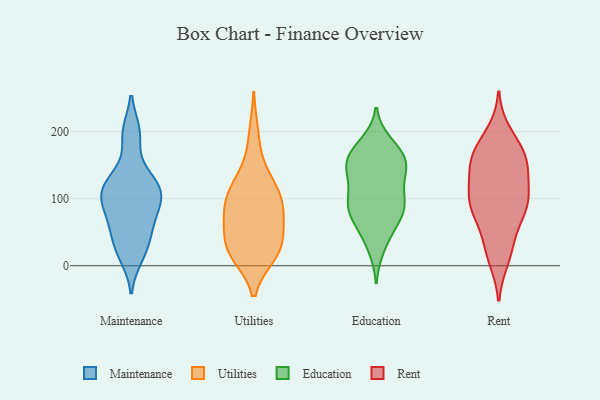
{"axis": {"x": "Production Output", "y": "Value"}, "legend": ["Education", "Maintenance", "Rent", "Utilities"], "data": [{"x": "", "y": 119, "type": "Maintenance"}, {"x": "", "y": 14, "type": "Maintenance"}, {"x": "", "y": 113, "type": "Maintenance"}, {"x": "", "y": 119, "type": "Maintenance"}, {"x": "", "y": 101, "type": "Maintenance"}, {"x": "", "y": 86, "type": "Maintenance"}, {"x": "", "y": 137, "type": "Maintenance"}, {"x": "", "y": 197, "type": "Maintenance"}, {"x": "", "y": 23, "type": "Maintenance"}, {"x": "", "y": 86, "type": "Maintenance"}, {"x": "", "y": 61, "type": "Maintenance"}, {"x": "", "y": 58, "type": "Maintenance"}, {"x": "", "y": 198, "type": "Maintenance"}, {"x": "", "y": 111, "type": "Maintenance"}, {"x": "", "y": 38, "type": "Maintenance"}, {"x": "", "y": 121, "type": "Utilities"}, {"x": "", "y": 70, "type": "Utilities"}, {"x": "", "y": 117, "type": "Utilities"}, {"x": "", "y": 16, "type": "Utilities"}, {"x": "", "y": 16, "type": "Utilities"}, {"x": "", "y": 17, "type": "Utilities"}, {"x": "", "y": 24, "type": "Utilities"}, {"x": "", "y": 50, "type": "Utilities"}, {"x": "", "y": 108, "type": "Utilities"}, {"x": "", "y": 101, "type": "Utilities"}, {"x": "", "y": 151, "type": "Utilities"}, {"x": "", "y": 98, "type": "Utilities"}, {"x": "", "y": 77, "type": "Utilities"}, {"x": "", "y": 64, "type": "Utilities"}, {"x": "", "y": 39, "type": "Utilities"}, {"x": "", "y": 24, "type": "Utilities"}, {"x": "", "y": 198, "type": "Utilities"}, {"x": "", "y": 83, "type": "Utilities"}, {"x": "", "y": 148, "type": "Education"}, {"x": "", "y": 159, "type": "Education"}, {"x": "", "y": 169, "type": "Education"}, {"x": "", "y": 90, "type": "Education"}, {"x": "", "y": 43, "type": "Education"}, {"x": "", "y": 89, "type": "Education"}, {"x": "", "y": 182, "type": "Education"}, {"x": "", "y": 88, "type": "Education"}, {"x": "", "y": 165, "type": "Education"}, {"x": "", "y": 136, "type": "Education"}, {"x": "", "y": 129, "type": "Education"}, {"x": "", "y": 171, "type": "Education"}, {"x": "", "y": 72, "type": "Education"}, {"x": "", "y": 82, "type": "Education"}, {"x": "", "y": 62, "type": "Education"}, {"x": "", "y": 97, "type": "Education"}, {"x": "", "y": 145, "type": "Education"}, {"x": "", "y": 143, "type": "Education"}, {"x": "", "y": 102, "type": "Education"}, {"x": "", "y": 27, "type": "Education"}, {"x": "", "y": 146, "type": "Rent"}, {"x": "", "y": 167, "type": "Rent"}, {"x": "", "y": 102, "type": "Rent"}, {"x": "", "y": 32, "type": "Rent"}, {"x": "", "y": 86, "type": "Rent"}, {"x": "", "y": 101, "type": "Rent"}, {"x": "", "y": 137, "type": "Rent"}, {"x": "", "y": 182, "type": "Rent"}, {"x": "", "y": 93, "type": "Rent"}, {"x": "", "y": 198, "type": "Rent"}, {"x": "", "y": 82, "type": "Rent"}, {"x": "", "y": 137, "type": "Rent"}, {"x": "", "y": 158, "type": "Rent"}, {"x": "", "y": 54, "type": "Rent"}, {"x": "", "y": 100, "type": "Rent"}, {"x": "", "y": 87, "type": "Rent"}, {"x": "", "y": 10, "type": "Rent"}, {"x": "", "y": 18, "type": "Rent"}, {"x": "", "y": 169, "type": "Rent"}, {"x": "", "y": 153, "type": "Rent"}]}